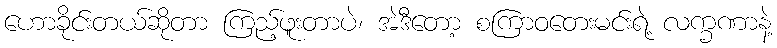
ဟောခိုင်းတယ်ဆိုတာ ကြည့်ဖူးတာပဲ၊ အဲဒီတော့ စကြာဝတေးမင်းရဲ့ လက္ခဏာနဲ့